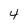
Character: 4